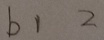
b 1 2